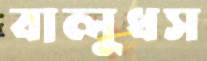
বালুধস